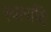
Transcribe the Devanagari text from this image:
स्वार्गादि